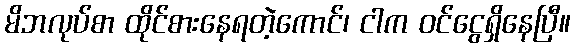
မိဘလုပ်စာ ထိုင်စားနေရတဲ့ကောင်၊ ငါက ဝင်ငွေရှိနေပြီ။